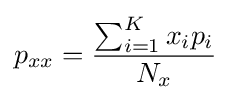
p_{xx}={\frac {\sum _{i=1}^{K}x_{i}p_{i}}{N_{x}}}